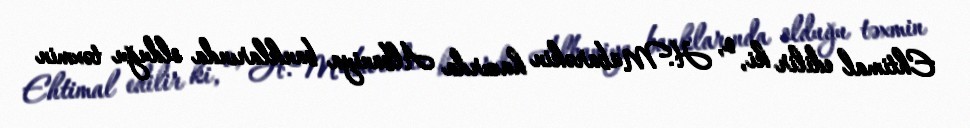
Ehtimal edilir ki, o, H.Mübarəkin hazırda Albaniya banklarında olduğu təxmin